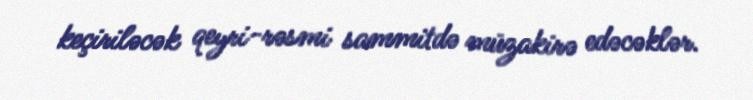
keçiriləcək qeyri-rəsmi sammitdə müzakirə edəcəklər.